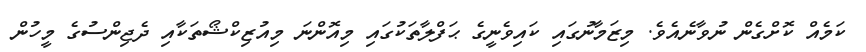
ކަމެއް ކޮށްގެން ނުވާނެއެވެ. މިޒަމާނުގައި ކައިވެނީގެ ޙަފްލާތަކުގައި މިއޮންނަ މިއުޒިކްޝޯތަކާއި ދެޖިންސުގެ މީހުން